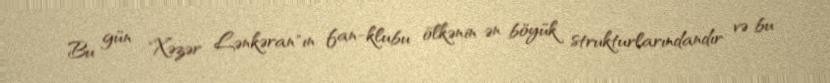
Bu gün "Xəzər Lənkəran"ın fan-klubu ölkənin ən böyük strukturlarındandır və bu